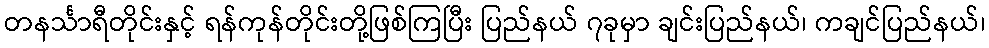
တနင်္သာရီတိုင်းနှင့် ရန်ကုန်တိုင်းတို့ဖြစ်ကြပြီး ပြည်နယ် ၇ခုမှာ ချင်းပြည်နယ်၊ ကချင်ပြည်နယ်၊